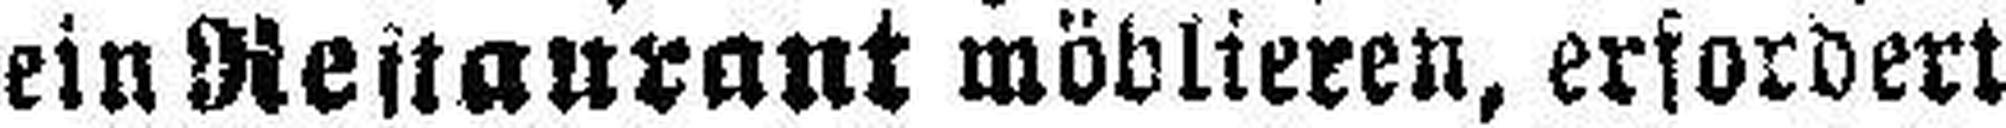
ein Restaurant möblieren, erfordert